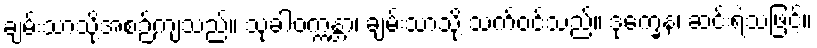
ချမ်းသာသို့အစဉ်ကျသည်။ သုခါဝက္ကန္တာ၊ ချမ်းသာသို့ သက်ဝင်သည်။ ဒုက္ခေန၊ ဆင်းရဲသဖြင့်။